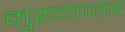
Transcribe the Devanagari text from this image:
मुख्यातर